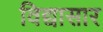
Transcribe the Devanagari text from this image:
विद्यासार